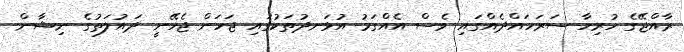
ރާއްޖޭގެ ހުރިހާ ސަރަހައްދެއްގައި ވެސް އެއްގަމު އުޅަނދުތަކުގައި ޖަހަން ޖެހޭނީ ދައުލަތުގެ ނިޝާން